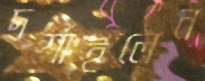
দর্শাইলেন